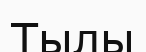
Тылы